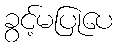
ခွင့်မပြုပေ